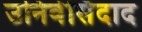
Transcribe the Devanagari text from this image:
उनिवेर्सिदाद